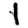
Digit: 1